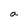
Character: a